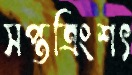
সপ্তত্রিংশৎ